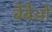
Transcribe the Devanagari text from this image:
बैबैओ